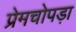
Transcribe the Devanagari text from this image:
प्रेमचोपड़ा